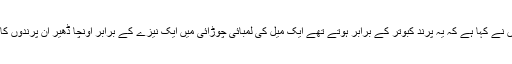
بعض لوگوں نے کہا ہے کہ یہ پرند کبوتر کے برابر ہوتے تھے ایک میل کی لمبائی چوڑائی میں ایک نیزے کے برابر اونچا ڈھیر ان پرندوں کا ہوجاتا تھا۔